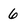
Character: 6